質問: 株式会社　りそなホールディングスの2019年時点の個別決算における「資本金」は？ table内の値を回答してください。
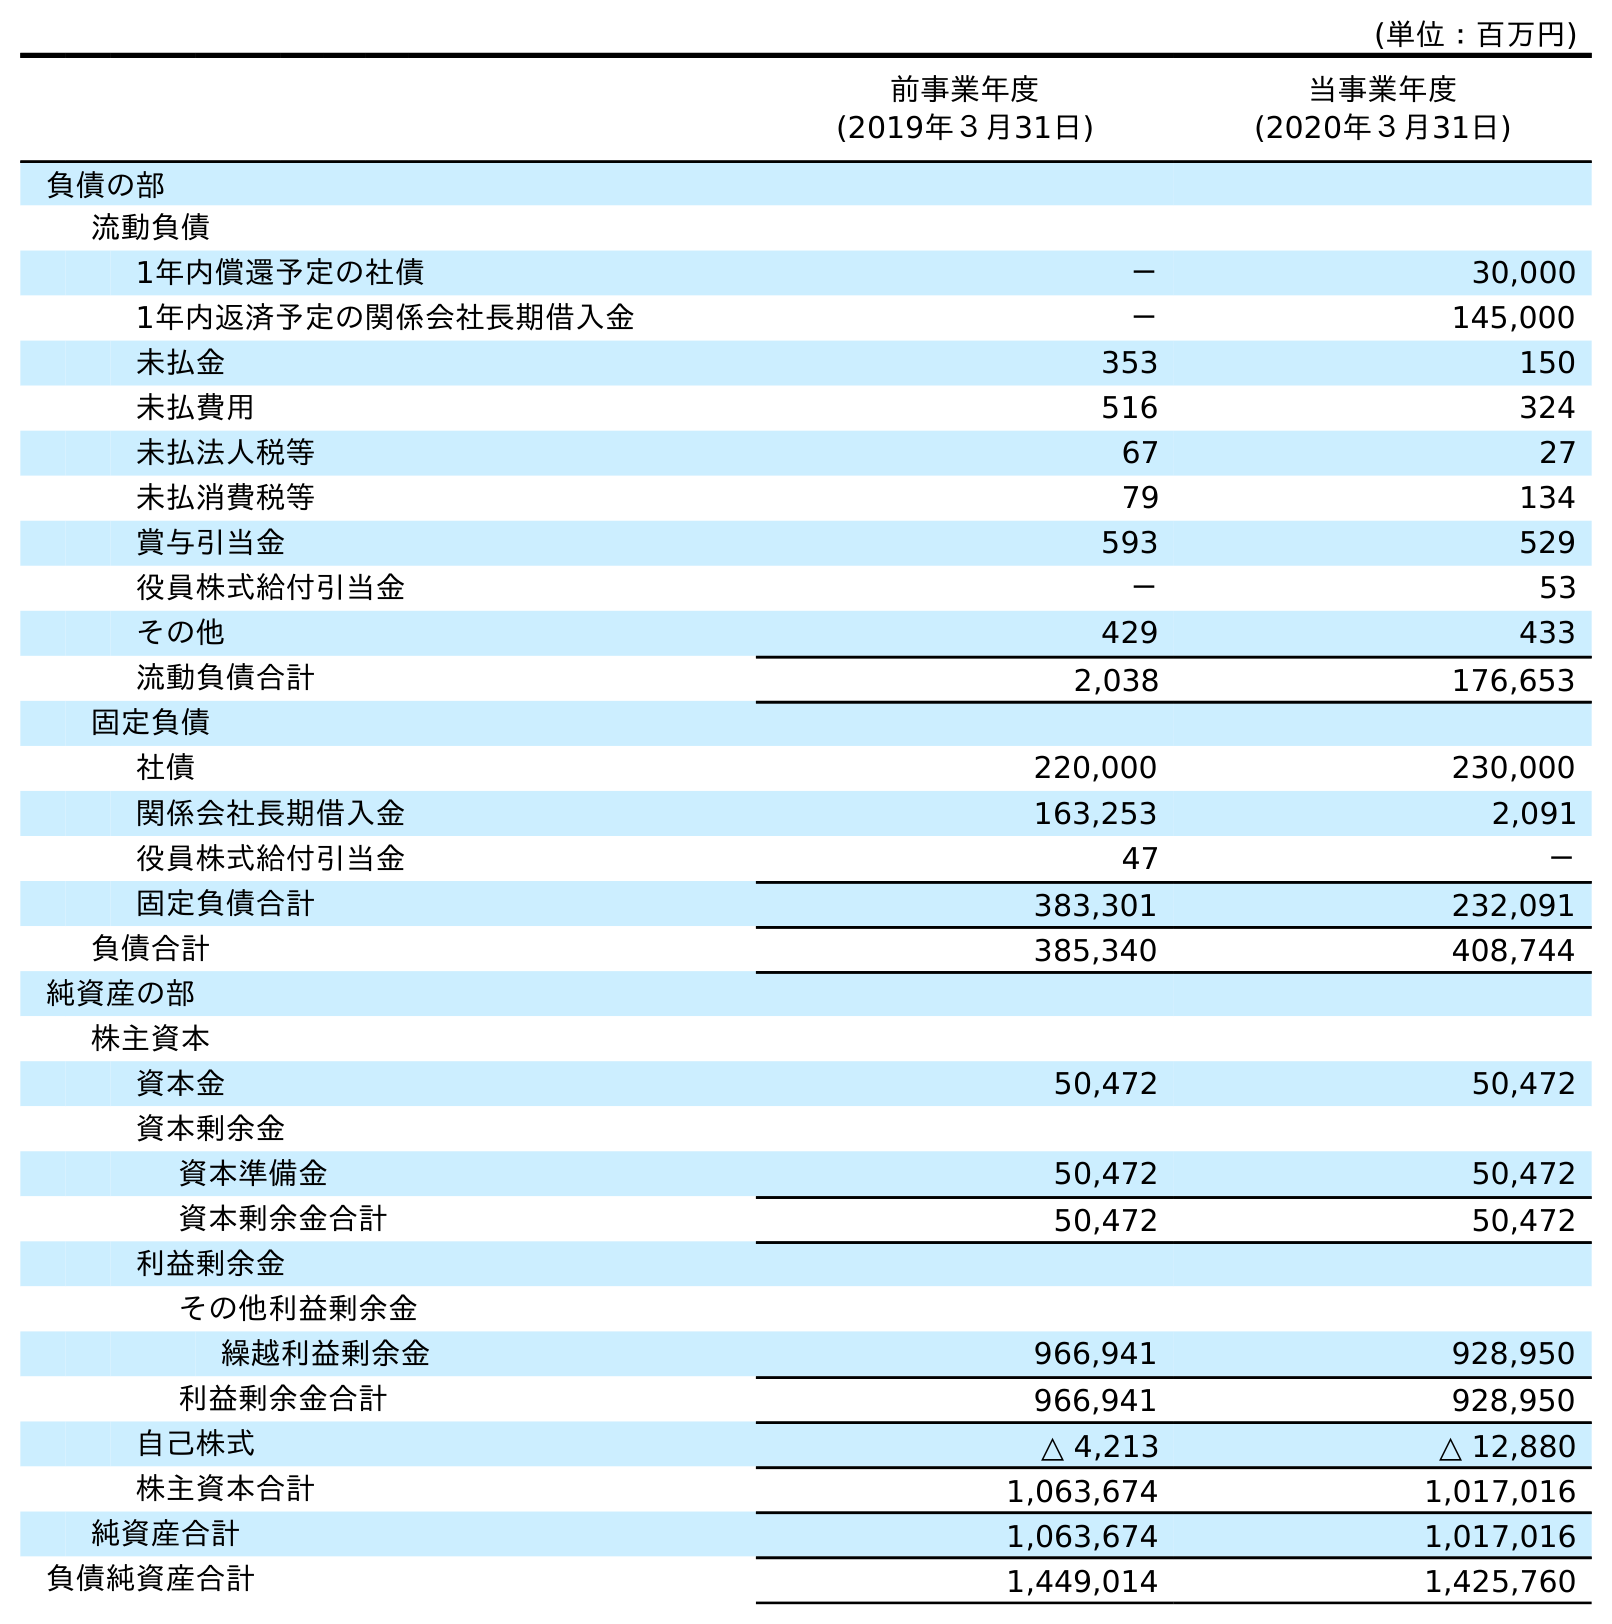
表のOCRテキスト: (単位：百万円) 前事業年度 (2019年３月31日) 当事業年度 (2020年３月31日) 負債の部 流動負債 1年内償還予定の社債 － 30,000 1年内返済予定の関係会社長期借入金 － 145,000 未払金 353 150 未払費用 516 324 未払法人税等 67 27 未払消費税等 79 134 賞与引当金 593 529 役員株式給付引当金 － 53 その他 429 433 流動負債合計 2,038 176,653 固定負債 社債 220,000 230,000 関係会社長期借入金 163,253 2,091 役員株式給付引当金 47 － 固定負債合計 383,301 232,091 負債合計 385,340 408,744 純資産の部 株主資本 資本金 50,472 50,472 資本剰余金 資本準備金 50,472 50,472 資本剰余金合計 50,472 50,472 利益剰余金 その他利益剰余金 繰越利益剰余金 966,941 928,950 利益剰余金合計 966,941 928,950 自己株式 △ 4,213 △ 12,880 株主資本合計 1,063,674 1,017,016 純資産合計 1,063,674 1,017,016 負債純資産合計 1,449,014 1,425,760
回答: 50,472